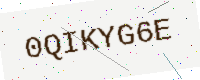
Text: 0QIKYG6E